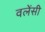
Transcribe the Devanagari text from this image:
वलेंसी